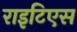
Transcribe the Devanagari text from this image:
राइटिएस